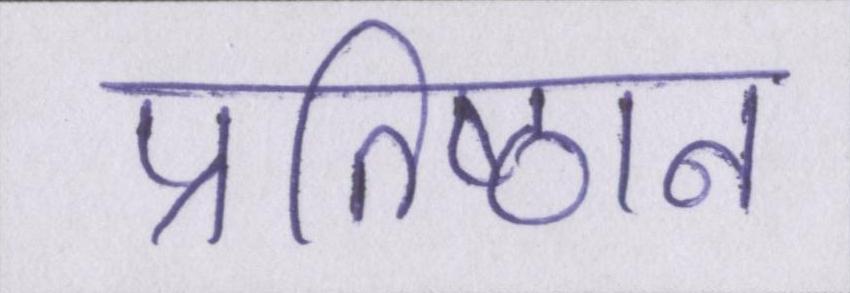
प्रतिष्ठान